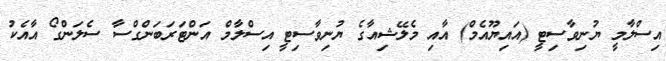
އިސްލާމީ ޔުނިވާސިޓީ (އައިޔޫއެމް) އާއި މެލޭޝިއާގެ ޔުނިވާސިޓީ އިސްލާމް އަންޓަރަބަންގްސާ ސެލަންގޯ އާއެކު